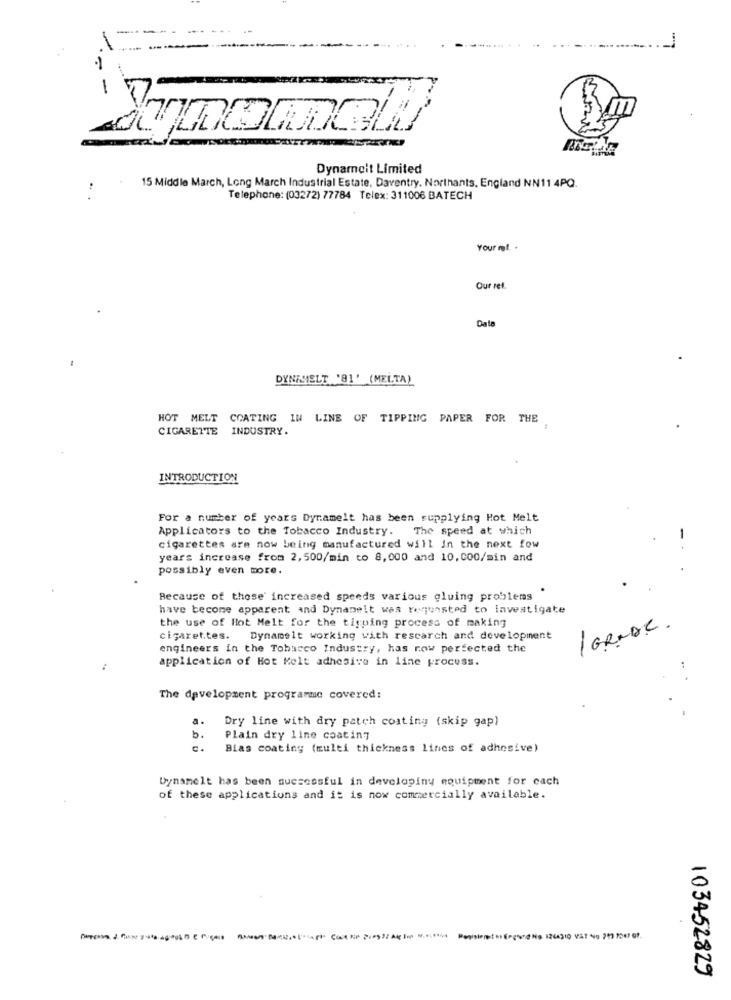
-
=
Dynamcit Limited
15 Middle March, Long March Industrial Estate, Daventry. Northants, England NN11 4PQ.
Telephone: (03272) 77784 Telex: 311006 BATECH
Your mf. .
Our ref.
Date
DYNAMELT '81' (MELTA)
HOT MELT COATING IN LINE OF TIPPING PAPER FOR THE
CIGARETTE INDUSTRY.
INTRODUCTION
For a number of years Dyramelt has been supplying Hot Melt
Applicators to the Tobacco Industry.
The speed at which
-
cigarettes are now being manufactured will In the next fow
years increase from 2,500/min to 8,000 and 10,000/min and
possibly even more.
Because of those' increased speeds various gluing problemas
have become apparent and Dynamelt was requested to investigate
the use of Hot Melt for the tipping process of making
laraDe.
cigarettes. Dynamelt working with research and development
engineers in the Tobacco Industry, has now perfected the
application of Hot Melt adhesive in line process.
The development programme covered:
a.
Dry line with dry patch coating (skip gap)
b.
Plain dry line coating
Bias coating (wulei thickness lines of adhesive)
Dynamelt has been successful in developiny equipment for cach
of these applications and it is now commercially available.
103452829